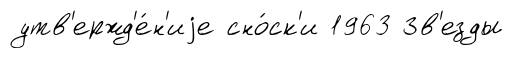
утв'ержд'е́н'иjе сно́ск'и 1963 Зв'езды